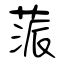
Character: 蒎